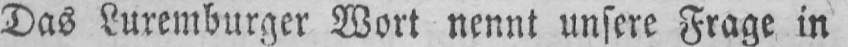
Das Luxemburger Wort nennt unsere Frage in